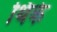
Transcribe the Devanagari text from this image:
थिके